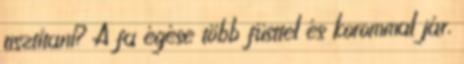
tisztítani? A fa égése több füsttel és korommal jár,